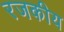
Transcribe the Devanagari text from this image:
रजकीय